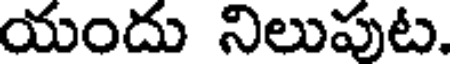
యందు నిలుపుట.